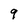
Character: 9